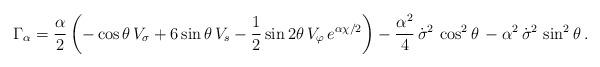
LaTeX: \begin{align*}\Gamma_\alpha=\frac{\alpha}{2}\left(-\cos\theta\, V_\sigma +6\sin\theta\, V_s -\frac{1}{2}\sin 2\theta\,V_\varphi \,e^{\alpha \chi/2}\right)-\frac{\alpha^2}{4}\,\dot{\sigma}^2 \,\cos^2\theta\, -\alpha^2\,\dot{\sigma}^2 \,\sin^2\theta\,.\end{align*}